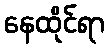
နေထိုင်ရာ